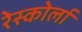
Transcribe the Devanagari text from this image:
रेस्कोर्ला